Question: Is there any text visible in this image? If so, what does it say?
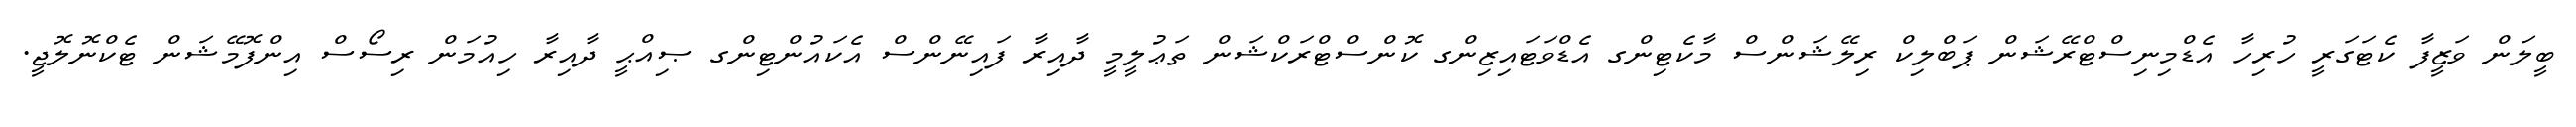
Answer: ބީލަން ވަޒީފާ ކެޓަގަރީ ހުރިހާ އެޑްމިނިސްޓްރޭޝަން ޕަބްލިކް ރިލޭޝަންސް މާކެޓިންގ އެޑްވަޓައިޒިންގ ކޮންސްޓްރަކްޝަން ތަޢުލީމީ ދާއިރާ ފައިނޭންސް އެކައުންޓިންގ ޞިއްޙީ ދާއިރާ ހިއުމަން ރިސޯސް އިންފޮމޭޝަން ޓެކްނޮލޮޖީ.